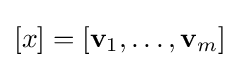
\textstyle [x]=[\mathbf {v} _{1},\ldots ,\mathbf {v} _{m}]